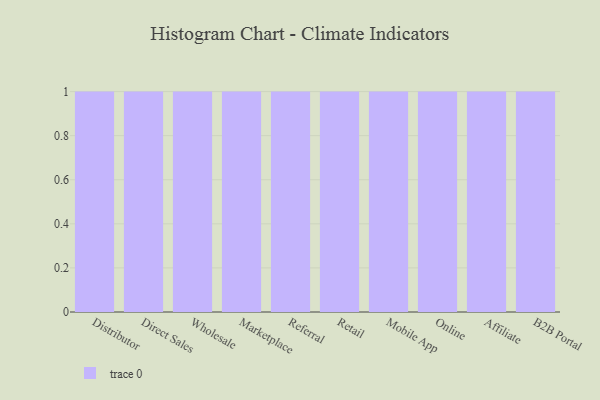
{"axis": {"x": "Channel", "y": "Budget (USD K)"}, "legend": [""], "data": [{"x": "Distributor", "y": 58, "type": ""}, {"x": "Direct Sales", "y": 15, "type": ""}, {"x": "Wholesale", "y": 11, "type": ""}, {"x": "Marketplace", "y": 90, "type": ""}, {"x": "Referral", "y": 32, "type": ""}, {"x": "Retail", "y": 5, "type": ""}, {"x": "Mobile App", "y": 63, "type": ""}, {"x": "Online", "y": 78, "type": ""}, {"x": "Affiliate", "y": 41, "type": ""}, {"x": "B2B Portal", "y": 39, "type": ""}]}